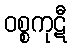
ဝစ္စကုဋီ